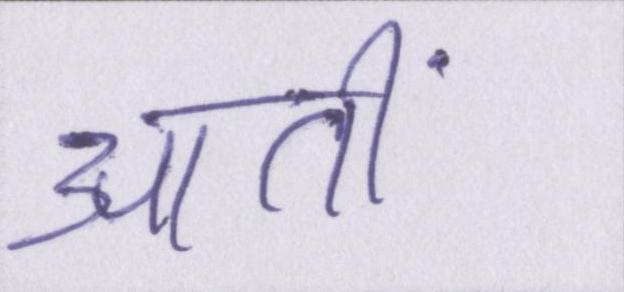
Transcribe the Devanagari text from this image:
आतीं